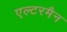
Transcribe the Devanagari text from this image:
एल्टरमैन